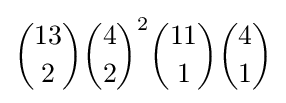
{13 \choose 2}{4 \choose 2}^{2}{11 \choose 1}{4 \choose 1}